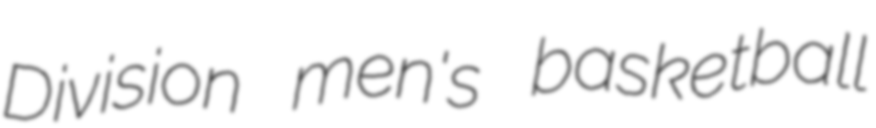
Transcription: Division men's basketball